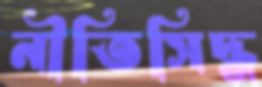
নীতিসিদ্ধ